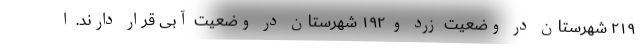
۲۱۹ شهرستان در وضعیت زرد و ۱۹۲ شهرستان در وضعیت آبی قرار دارند. ا